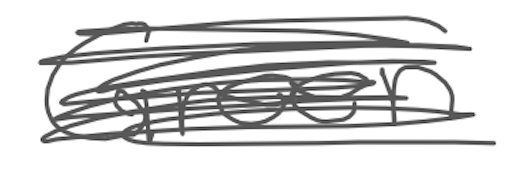
Text: Green
Cross-out: scratch
Writing tool: digital_gray